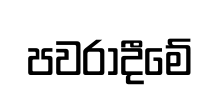
පවරාදීමේ